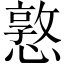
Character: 憝